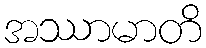
အဿာမာတိ